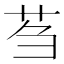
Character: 𫇴